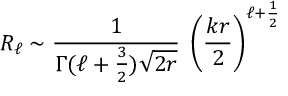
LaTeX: R _ { \ell } \sim { \frac { 1 } { \Gamma ( \ell + { \frac { 3 } { 2 } } ) \sqrt { 2 r } } } \; \left( { \frac { k r } { 2 } } \right) ^ { \ell + { \frac { 1 } { 2 } } }